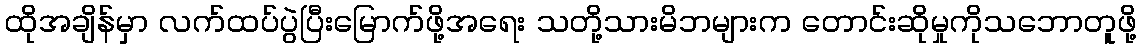
ထိုအချိန်မှာ လက်ထပ်ပွဲပြီးမြောက်ဖို့အရေး သတို့သားမိဘများက တောင်းဆိုမှုကိုသဘောတူဖို့